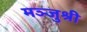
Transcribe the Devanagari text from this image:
मञ्जुश्री